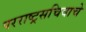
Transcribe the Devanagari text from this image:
परराष्ट्रसचिवाचे